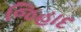
જિહાદ